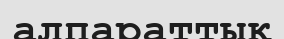
алпараттық